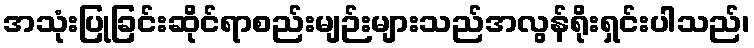
အသုံးပြုခြင်းဆိုင်ရာစည်းမျဉ်းများသည်အလွန်ရိုးရှင်းပါသည်၊